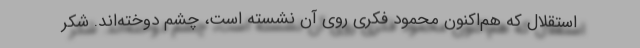
استقلال که هم‌اکنون محمود فکری روی آن نشسته است، چشم دوخته‌اند. شکر